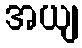
အယျ